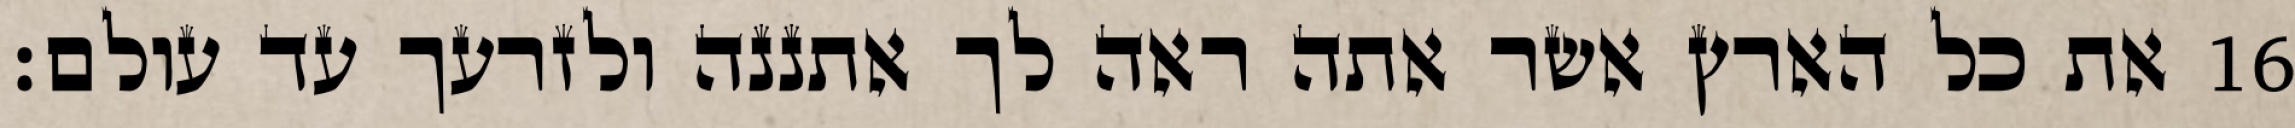
את כל הארץ אשר אתה ראה לך אתננה ולזרעך עד עולם׃ ‎16‏